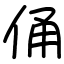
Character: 俑